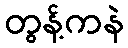
တွန့်ကနဲ